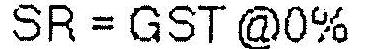
SR = GST @0%